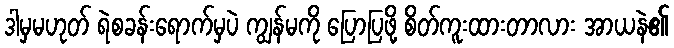
ဒါမှမဟုတ် ရဲစခန်းရောက်မှပဲ ကျွန်မကို ပြောပြဖို့ စိတ်ကူးထားတာလား အာယနဲ၏